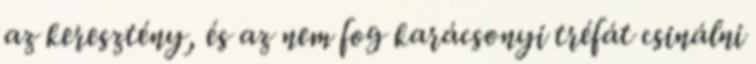
az keresztény, és az nem fog karácsonyi tréfát csinálni